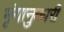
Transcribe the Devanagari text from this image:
भृंगानुकारी